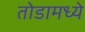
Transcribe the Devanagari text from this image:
तोडामध्ये